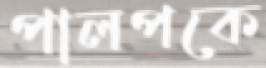
পালপকে